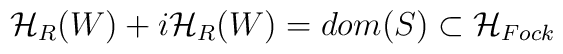
{\cal H}_{R}(W)+i{\cal H}_{R}(W)=dom(S)\subset {\cal H}_{Fock}